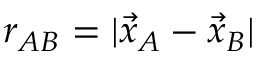
r _ { A B } = | { \vec { x } } _ { A } - { \vec { x } } _ { B } |